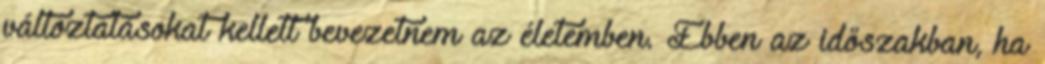
változtatásokat kellett bevezetnem az életemben. Ebben az időszakban, ha